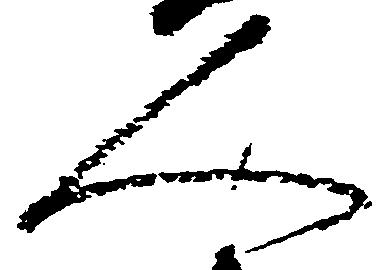
人